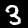
Label: 3